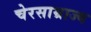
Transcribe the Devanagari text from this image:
चेरसाम्राज्य